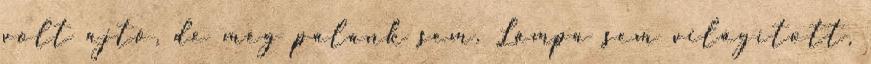
volt ajtó, de még palánk sem. Lámpa sem világított,